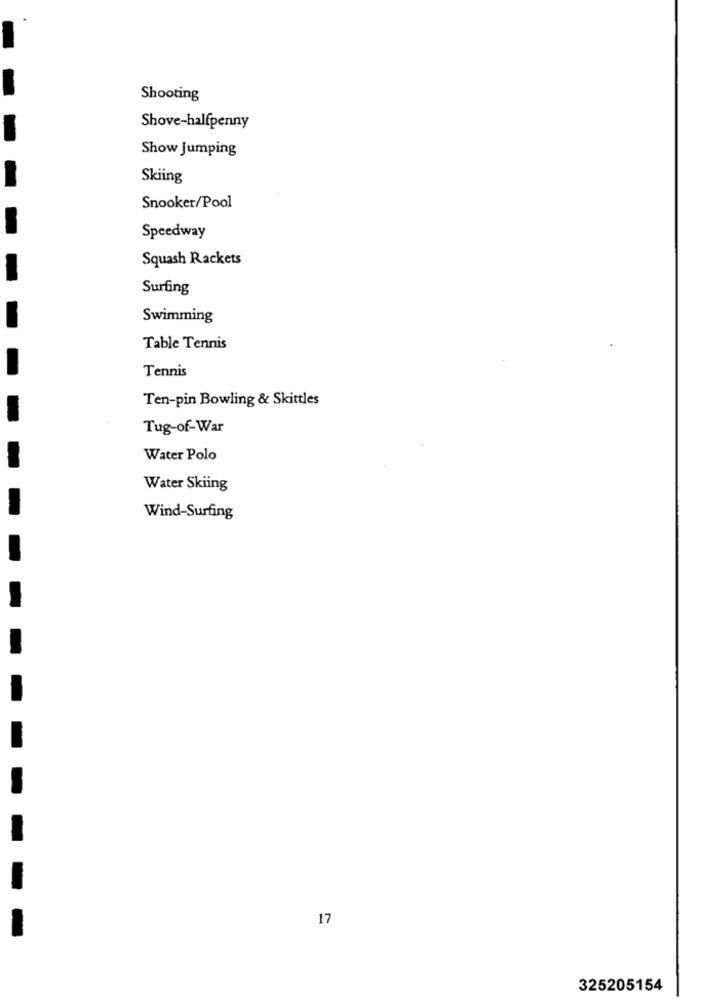
Shooting
Shove-halfpenny
Show Jumping
Skiing
Snooker/Pool
-
Speedway
Squash Rackets
Surfing
Swimming
Table Tennis
Tennis
Ten-pin Bowling & Skittles
Tug-of-War
Water Polo
Water Skiing
Wind-Surfing
17
325205154